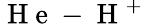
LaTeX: \mathrm{~H~e~}-\mathrm{~H~}^{+}